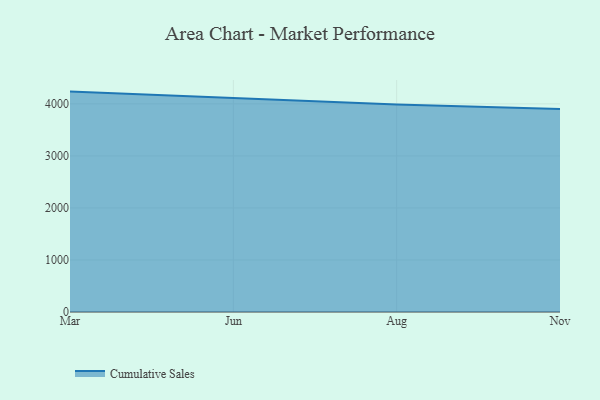
{"axis": {"x": "Month", "y": "Humidity (%)"}, "legend": ["Cumulative Sales"], "data": [{"x": "Mar", "y": 4236.2, "type": "Cumulative Sales"}, {"x": "Jun", "y": 4111.4, "type": "Cumulative Sales"}, {"x": "Aug", "y": 3988.4, "type": "Cumulative Sales"}, {"x": "Nov", "y": 3900.4, "type": "Cumulative Sales"}]}